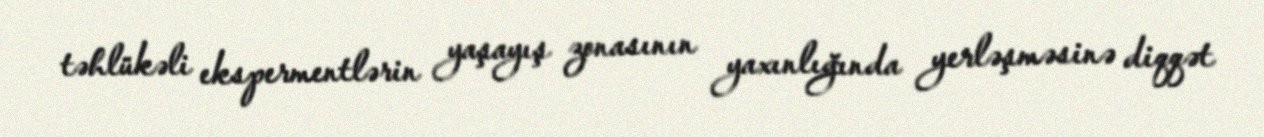
təhlükəli ekspermentlərin yaşayış zonasının yaxınlığında yerləşməsinə diqqət